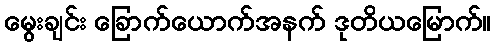
မွေးချင်း ခြောက်ယောက်အနက် ဒုတိယမြောက်။